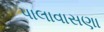
પાલાવાસણા